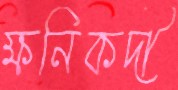
ক্ষনিকদী